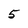
Character: 5